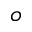
_ o